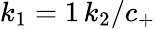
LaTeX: k_{1}=1\, k_{2}/c_{+}